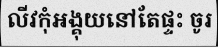
លីវកុំអង្គុយនៅតែផ្ទះ ចូរ